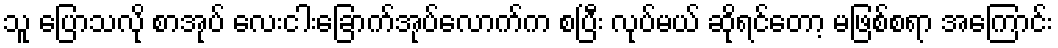
သူ ပြောသလို စာအုပ် လေးငါးခြောက်အုပ်လောက်က စပြီး လုပ်မယ် ဆိုရင်တော့ မဖြစ်စရာ အကြောင်း